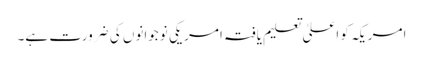
امریکہ کو اعلیٰ تعلیم یافتہ امریکی نوجوانوں کی ضرورت ہے۔